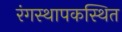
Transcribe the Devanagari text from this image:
रंगस्थापकस्थित